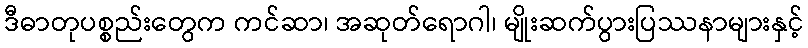
ဒီဓာတုပစ္စည်းတွေက ကင်ဆာ၊ အဆုတ်ရောဂါ၊ မျိုးဆက်ပွားပြဿနာများနှင့်